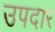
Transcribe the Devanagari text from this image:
उपदार